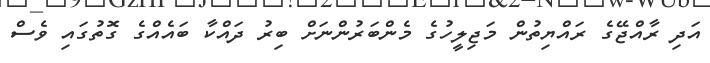
އަދި ރާއްޖޭގެ ރައްޔިތުން މަޖިލީހުގެ މެންބަރުންނަށް ބިރު ދައްކާ ބައެއްގެ ގޮތުގައި ވެސް